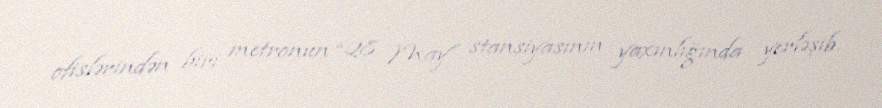
ofislərindən biri metronun “28 May” stansiyasının yaxınlığında yerləşib.